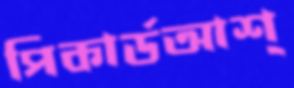
পিকার্ডআশ্